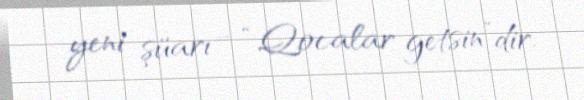
yeni şüarı - “Qocalar getsin”dir.